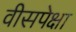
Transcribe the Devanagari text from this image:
वीसपेक्षा